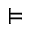
\vDash